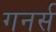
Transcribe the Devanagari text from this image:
गनर्स